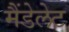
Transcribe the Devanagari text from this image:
मैंडेलेट